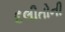
દલીતોની